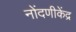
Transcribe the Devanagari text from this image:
नोंदणीकेंद्र